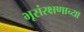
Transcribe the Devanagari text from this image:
भूसंरक्षणाच्या